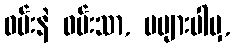
ဝမ်းနဲ ဝမ်းသာ, မများပါမှ,